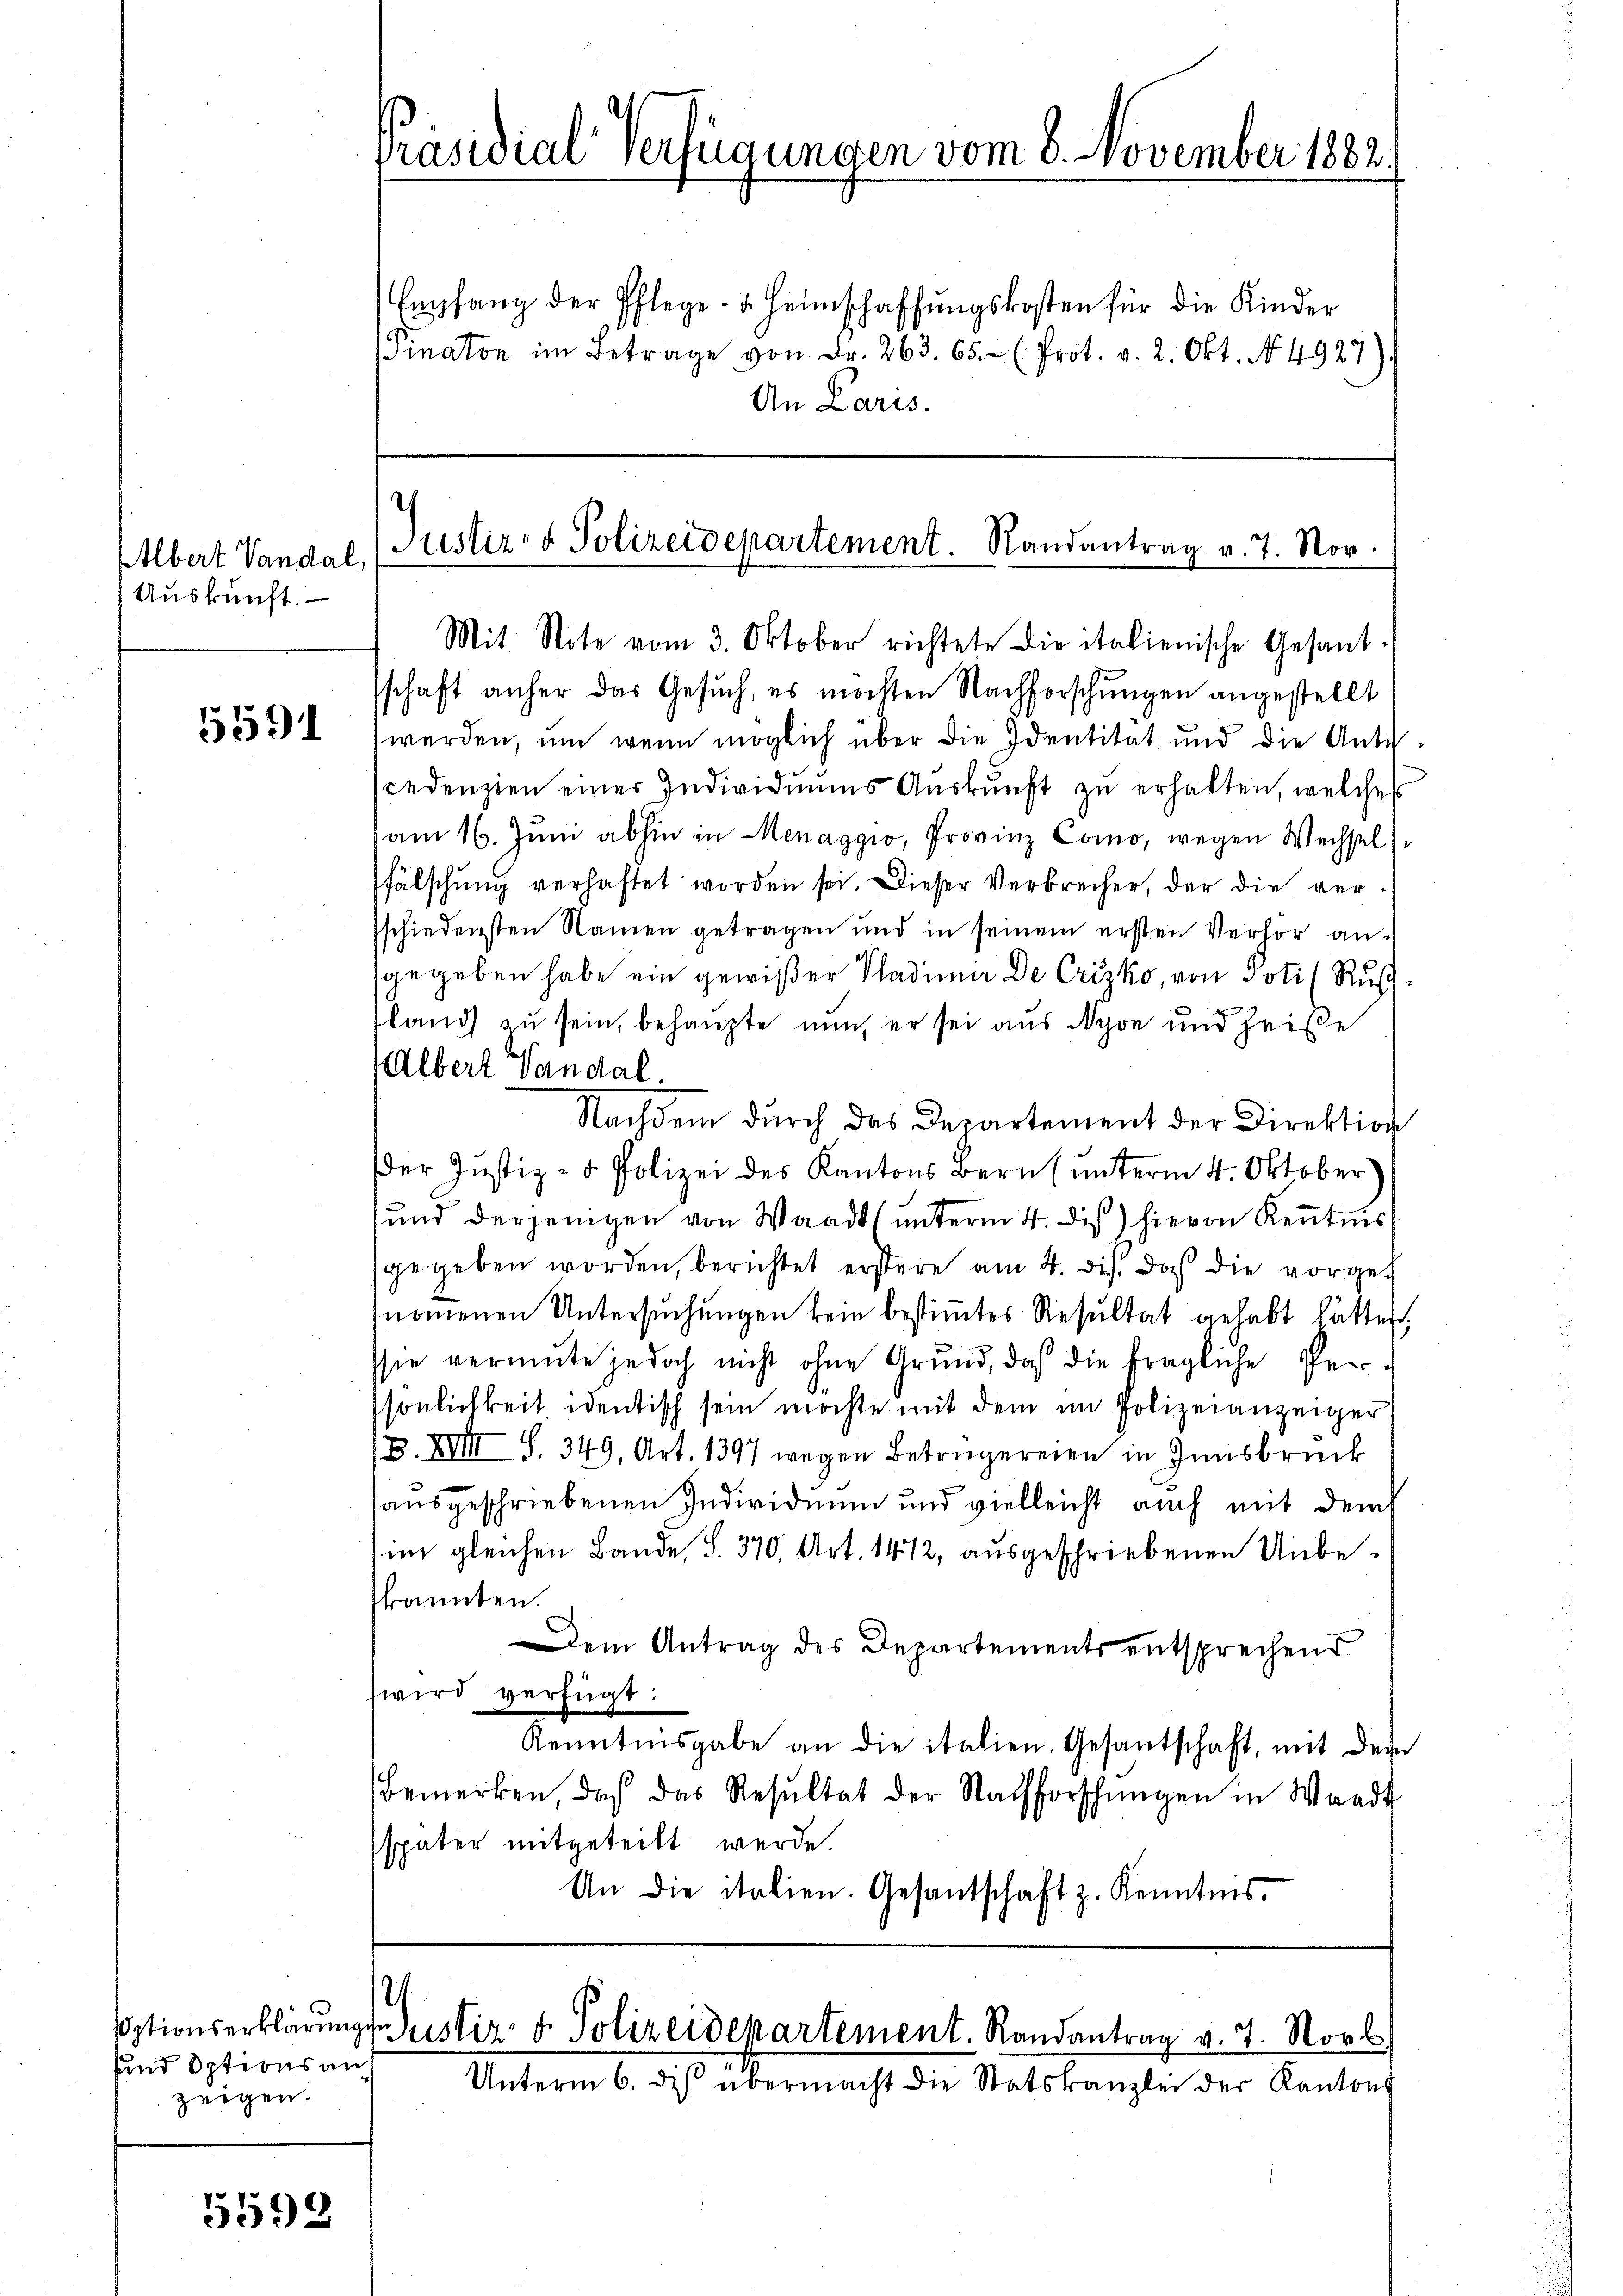
Albert Vandal,
Auskunft.

5591

uund Optionsanzeigen.

5599

Präsidial-Verfügungen vom 8. November 1882.

Empfang der Pflege- u. Heimschaffŭngskosten für die Kinder
Pinaton im Betrage von Fr. 263. 65. - (Prot. v. 2. Okt. No. 4927).
An Laris.

Justiz- & Polizeidepartement. Randantrag v. 7. Nov.
Mit Note vom 3. Oktober richtete die italienische Gesant.

d
Eptionserklärungszuster d. Polizeidepartement. Randantrag v. 7. Novb
Unterm 6. des übermacht die Statskanzlei der Kantons

sschaft anher das Gesuch, es möchten Nachforschungen angestellt
werden, um wenn möglich über die Identität und die Ante
cedenzien einer Individuums Auskunft zu erhalten, welches
am 16. Juni abhin in Menaggio, Provinz Como, wegen Wechsel
fälschung verhaftet worden sei. Dieser Verbrecher, der die ver
schiedensten Namen getragen und in seinem ersten Verhör an-
sgegeben habe ein gewißer Pladimir De Crisko, von voti (Ruß
tland zu sein, behaupte nun, er sei aus Nyon und heiße
Albert Vandal.
Nachdem dŭrch das Departement der Direktion
Der Justiz- & Polizei des Kantons Bern (unterm 4. Oktober
und derjenigen von Waadt (unterm 4. Dis) hievon Kenntnis
gegeben worden, berichtet erstere am 4. ds. daß die vorge¬
(nomenen Untersuchungen kein bestimmtes Resultat gehabt hätten.
sie vermute jedoch nicht ohne Grŭnd, daß die fragliche Per-
sönlichkeit identisch sein möchte mit dem im Polizeianzeiger
B. XVIII S. 349, Art. 1397 wegen Betrügereien in Innsbruck
ausgeschriebenen Individuum und vielleicht auch mit dem
im gleichen Bande, S. 370, Art. 1412, ausgeschriebenen Unbekannten.
Dem Antrag des Departements entsprechend
wird verfügt:
Kenntnisgabe an die italien. Gesantschaft, mit der
Bemerken, daß das Resŭltat der Nachforschŭngen in Waadt
später mitgeteilt werde.
An die italien. Gesantschaft z. Kenntnis.